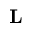
\mathbf L